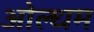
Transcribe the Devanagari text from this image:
ओल्धम